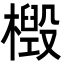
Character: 檓